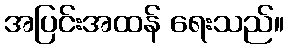
အပြင်းအထန် ရေးသည်။